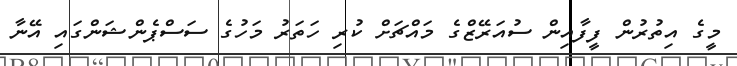
މީގެ އިތުރުން ފީފާއިން ސުއަރޭޒްގެ މައްޗަށް ކުރި ހަތަރު މަހުގެ ސަސްޕެންޝަންގައި އޭނާ